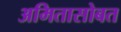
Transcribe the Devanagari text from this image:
अमितासोबत